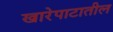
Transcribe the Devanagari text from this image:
खारेपाटातील